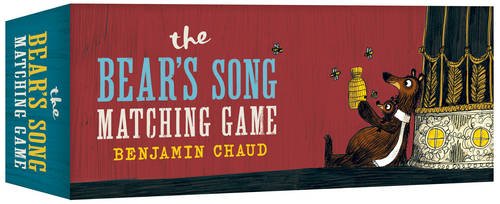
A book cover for The Bear's Song Matching Game; Children's Books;